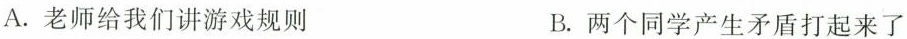
A.老师给我们讲游戏规则 B.两个同学产生矛盾打起来了